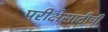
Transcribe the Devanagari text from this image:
परीक्षेसाठीची